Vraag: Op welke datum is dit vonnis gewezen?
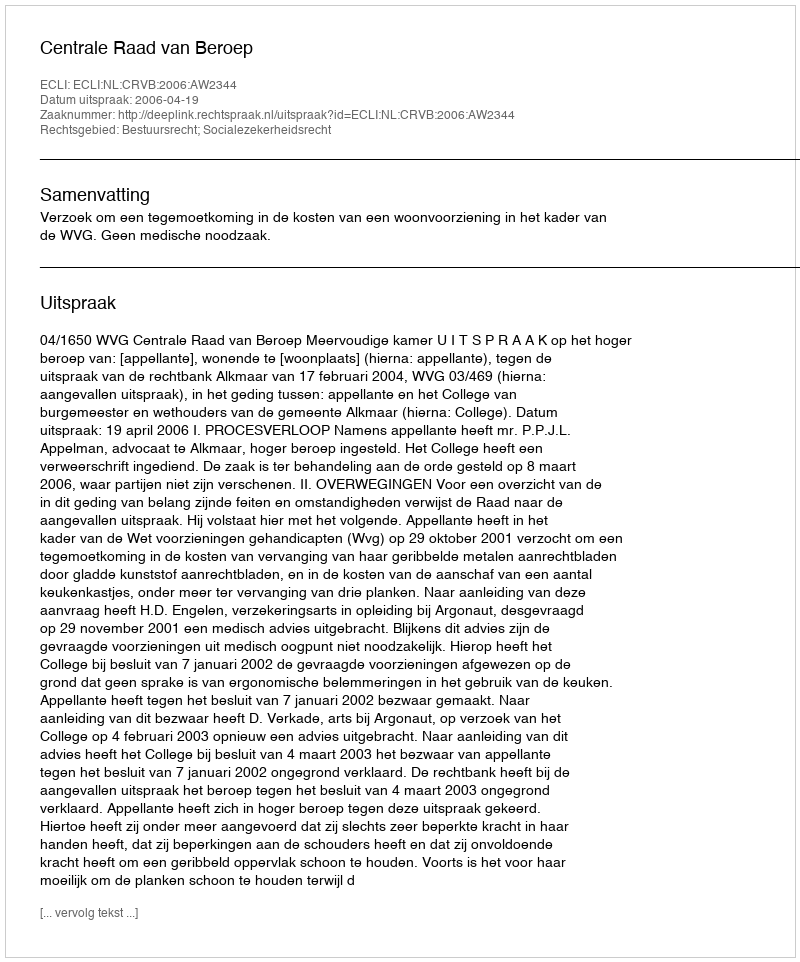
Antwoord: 2006-04-19